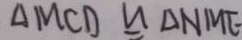
\Delta M C D \cong \Delta N M E